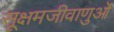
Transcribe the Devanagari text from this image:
सूक्षमजीवाणुओं